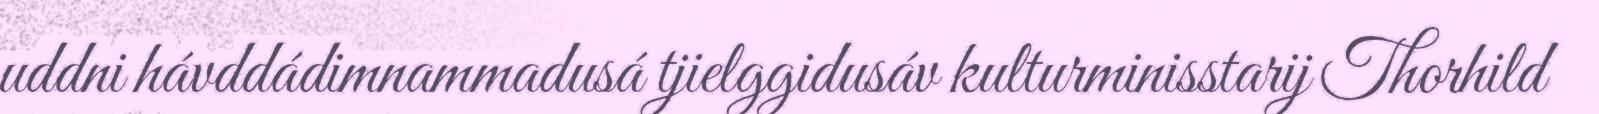
uddni hávddádimnammadusá tjielggidusáv kulturminisstarij Thorhild